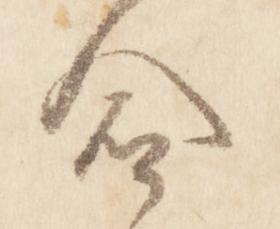
命